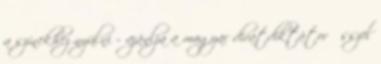
a színekhez nyúlni – ajánlja a magyar divatdiktátor Ősszel